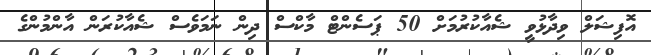
އޮފިޝަލް ވިދާޅުވީ ޝެއާކުރުމަށް 50 ޕަސެންޓް މާކްސް ދިން ނަމަވެސް ޝެއާކުރަން އާންމުންގެ